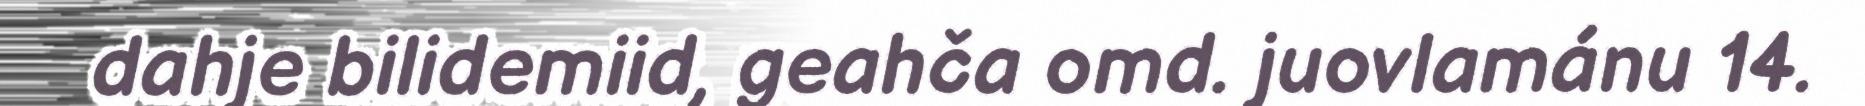
dahje bilidemiid, geahča omd. juovlamánu 14.